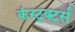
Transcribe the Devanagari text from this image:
कंस्ट्रक्टर्स